Annual report of the Punjab Veterinary College and of the Civil Veterinary Department, Punjab - 1920-1925
Year: 1920
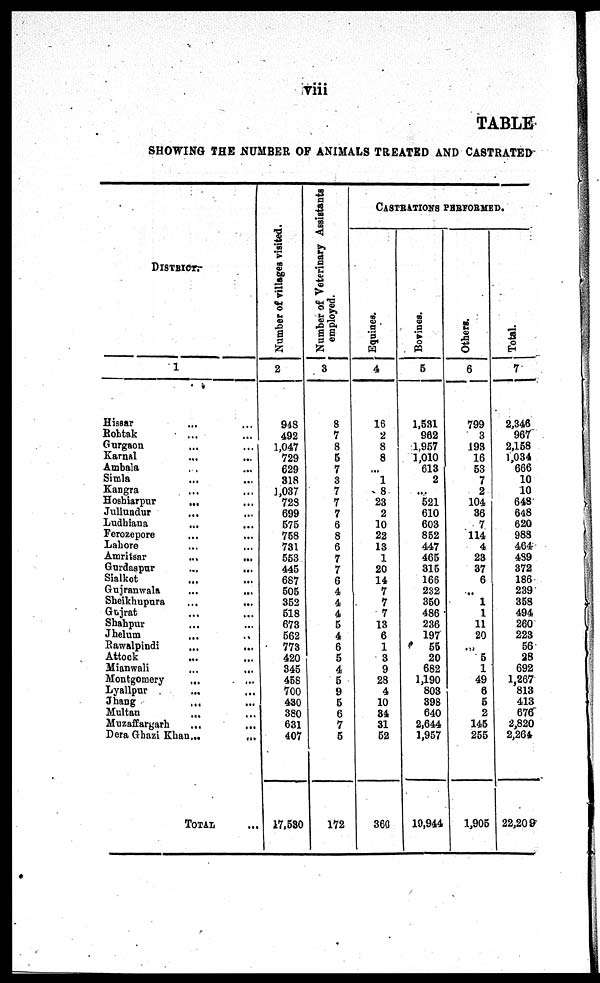
viii
TABLE
SHOWI NG THE NUMBER O F ANI MALS TREATED A N D CASTRATED
DI STRI CT.
1
Hissar ... ...
Roht ak ... ...
Gurgaon . . . . . .
Karnal ... ...
Ambal a ... ...
Si ml a ... ...
Kangra ... ...
Hoshiarpur ... ...
Jullundur ... ...
Ludhi ana ... ...
Ferozepore ... ...
Lahore ... ...
Amritsar ... ...
Gurdaspur ... ...
Sialkot ... ...
Guj ranwal a ... ...
Sheikhupura ...
...
Gujrat ... ...
Shahpur ... ...
Jhelum ... ...
Rawal pi ndi ... ...
Attock ... ...
Mi anwal i ... ...
Mont gomery ... ...
Lyallpur ... ...
Jhang ... ...
Mul t an ... ...
Muzaffargarh ... ...
Dera Ghazi Khan ...
TOTAL ...
Number of villages visited.
2
948
492
1, 047
729
629
318
1, 037
728
699
575
758
731
553
445
687
505
352
518
673
562
773
420
345
458
700
430
380
631
407
17, 530
Number of Veterinary Assistants
employed.
3
8
7
8
5
7
3
7
7
7
6
8
6
7
7
6
4
4
4
5
4
6
5
4
5
9 5
6 7
5
172
CASTRATIONS PERFORMED
Equines.
4
16
2
8
8 ...
1
8
23
2
10
22
13
1
20
14
7
7
7
13
6
1
3
9
28
4
10
34
31
52
360
Bovines.
5
1, 531
962
1, 957
1, 010
613
2
...
521
610
603
852
447
465
315
166
232
350
486
236
197
55
20
682
1, 190
803
398
640
2, 644
1, 957
19, 944
Others.
6
799
3
193
16
53
7
2
104
36
7
114
4
23
37
6
...
1
1
11
20
... 5
1
49
6
5
2
145
255
1, 905
Total.
7
2, 346
967
2, 158
1, 034
666
10
10
648
648
620
988
464
489
372
186
239
358
494
260
223
56
28
692
1, 267
813
413
676
2, 820
2, 264
22, 209